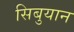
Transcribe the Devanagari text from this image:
सिबुयान